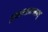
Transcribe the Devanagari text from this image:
प्रसन्नाननम्